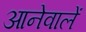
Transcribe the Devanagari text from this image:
आनेवालें